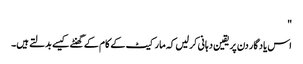
"
اس یاد گار دن پر یقین دہانی کر لیں کہ مارکیٹ کے کام کے گھنٹے کیسے بدلتے ہیں۔